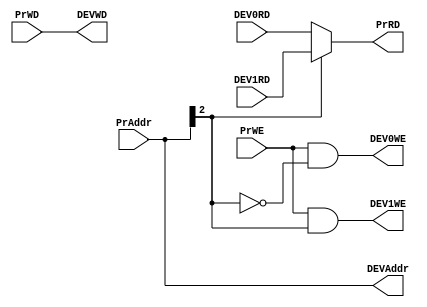
`timescale 1ns / 1ps
//////////////////////////////////////////////////////////////////////////////////
// Company: 
// Engineer: 
// 
// Design Name: 
// Module Name:    Bridge 
// Project Name: 
// Target Devices: 
// Tool versions: 
// Description: 
//
// Dependencies: 
//
// Revision: 
// Revision 0.01 - File Created
// Additional Comments: 
//
//////////////////////////////////////////////////////////////////////////////////
module Bridge(

/// from processor
	// Processor caculate the DevAddr out, pass it to the Dev
    input [31:2] PrAddr,
	
    input [31:0] PrWD, // gonna write DEV **from Processor**
	input PrWE,	// Write Enable signal, gonna write Device??

	/// from Devices
    input [31:0] DEV0RD,	// ReadData from DEV0
    input [31:0] DEV1RD,	// ReadData from DEV1
	
	// Pr read from DEV
    output [31:0] PrRD,
	
	// pass from Pr to DEV
    output [31:2] DEVAddr,
    output [31:0] DEVWD,
	
    output DEV0WE,
    output DEV1WE
    );
	
	assign DEVAddr = PrAddr;
	
	// if gonna write
	assign DEVWD = PrWD;
	assign	DEV0WE = PrWE & (PrAddr[4] == 0),
			DEV1WE = PrWE & (PrAddr[4] == 1);
			
	// read logic
	assign PrRD = (PrAddr[4] == 0)? DEV0RD : DEV1RD;
endmodule